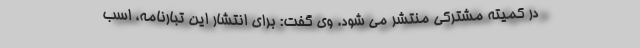
در کمیته مشترکی منتشر می شود. وی گفت: برای انتشار این تبارنامه، اسب